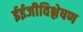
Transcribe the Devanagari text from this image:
ईईजीविश्लेषण